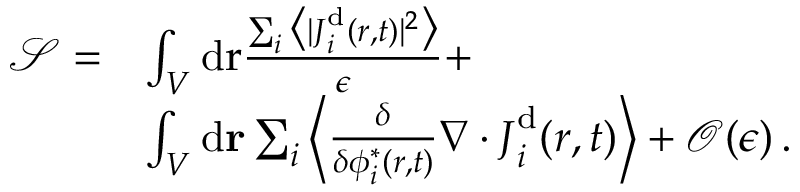
\begin{array} { r l } { { \mathcal { S } } = } & { \int _ { V } \mathrm { d } \mathbf { { \boldsymbol { r } } } \frac { \sum _ { i } \big \langle \vert { { \boldsymbol { J } } } _ { i } ^ { \mathrm { d } } ( { \boldsymbol { r } } , t ) \vert ^ { 2 } \big \rangle } { \epsilon } + } \\ & { \int _ { V } \mathrm { d } \mathbf { r } \sum _ { i } \left\langle \frac { \delta } { \delta { \phi _ { i } ^ { * } ( \boldsymbol { r } , t ) } } \nabla \cdot { \boldsymbol { J } } _ { i } ^ { \mathrm { d } } ( { \boldsymbol { r } } , t ) \right\rangle + \mathcal { O } ( \epsilon ) \, . } \end{array}